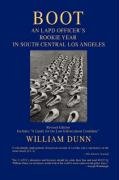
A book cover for BOOT: An LAPD Officer's Rookie Year in South Central Los Angeles; William Dunn; Biographies & Memoirs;